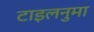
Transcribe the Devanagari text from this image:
टाइलनुमा